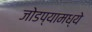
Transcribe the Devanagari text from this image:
जोडप्यामध्ये